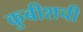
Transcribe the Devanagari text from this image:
कुबीशची